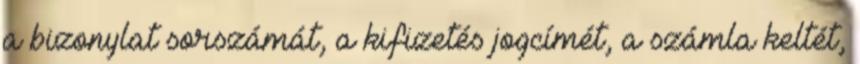
a bizonylat sorszámát, a kifizetés jogcímét, a számla keltét,